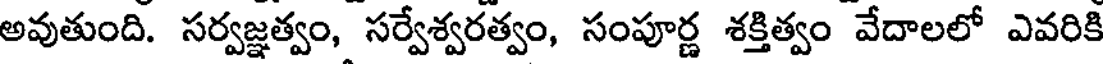
అవుతుంది. సర్వజ్ఞత్వం, సర్వేశ్వరత్వం, సంపూర్ణ శక్తిత్వం వేదాలలో ఎవరికి